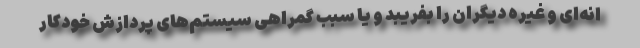
انه‌ای و غیره دیگران را بفریبد و یا سبب گمراهی سیستم‌های پردازش خودکار